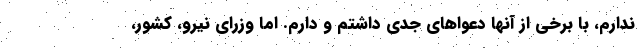
ندارم، با برخی از آنها دعواهای جدی داشتم و دارم. اما وزرای نیرو، کشور،